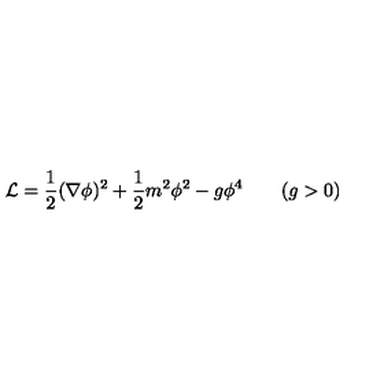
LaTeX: { \cal L } = { \frac { 1 } { 2 } } ( \nabla \phi ) ^ { 2 } + { \frac { 1 } { 2 } } m ^ { 2 } \phi ^ { 2 } - g \phi ^ { 4 } \qquad ( g > 0 )